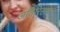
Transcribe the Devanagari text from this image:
अतिरिक्तत